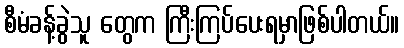
စီမံခန့်ခွဲသူ တွေက ကြီးကြပ်ပေးရမှာဖြစ်ပါတယ်။